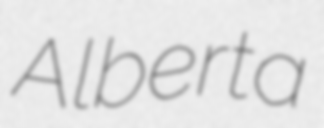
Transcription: Alberta